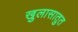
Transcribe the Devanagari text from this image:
खुलासातुत